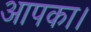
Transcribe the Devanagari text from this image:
आपका।